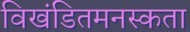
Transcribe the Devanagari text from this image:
विखंडितमनस्कता